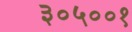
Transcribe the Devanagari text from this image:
३०५००१